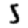
Digit: 5